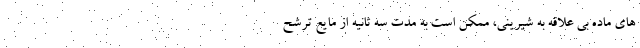
های ماده بی علاقه به شیرینی، ممکن است به مدت سه ثانیه از مایع ترشح